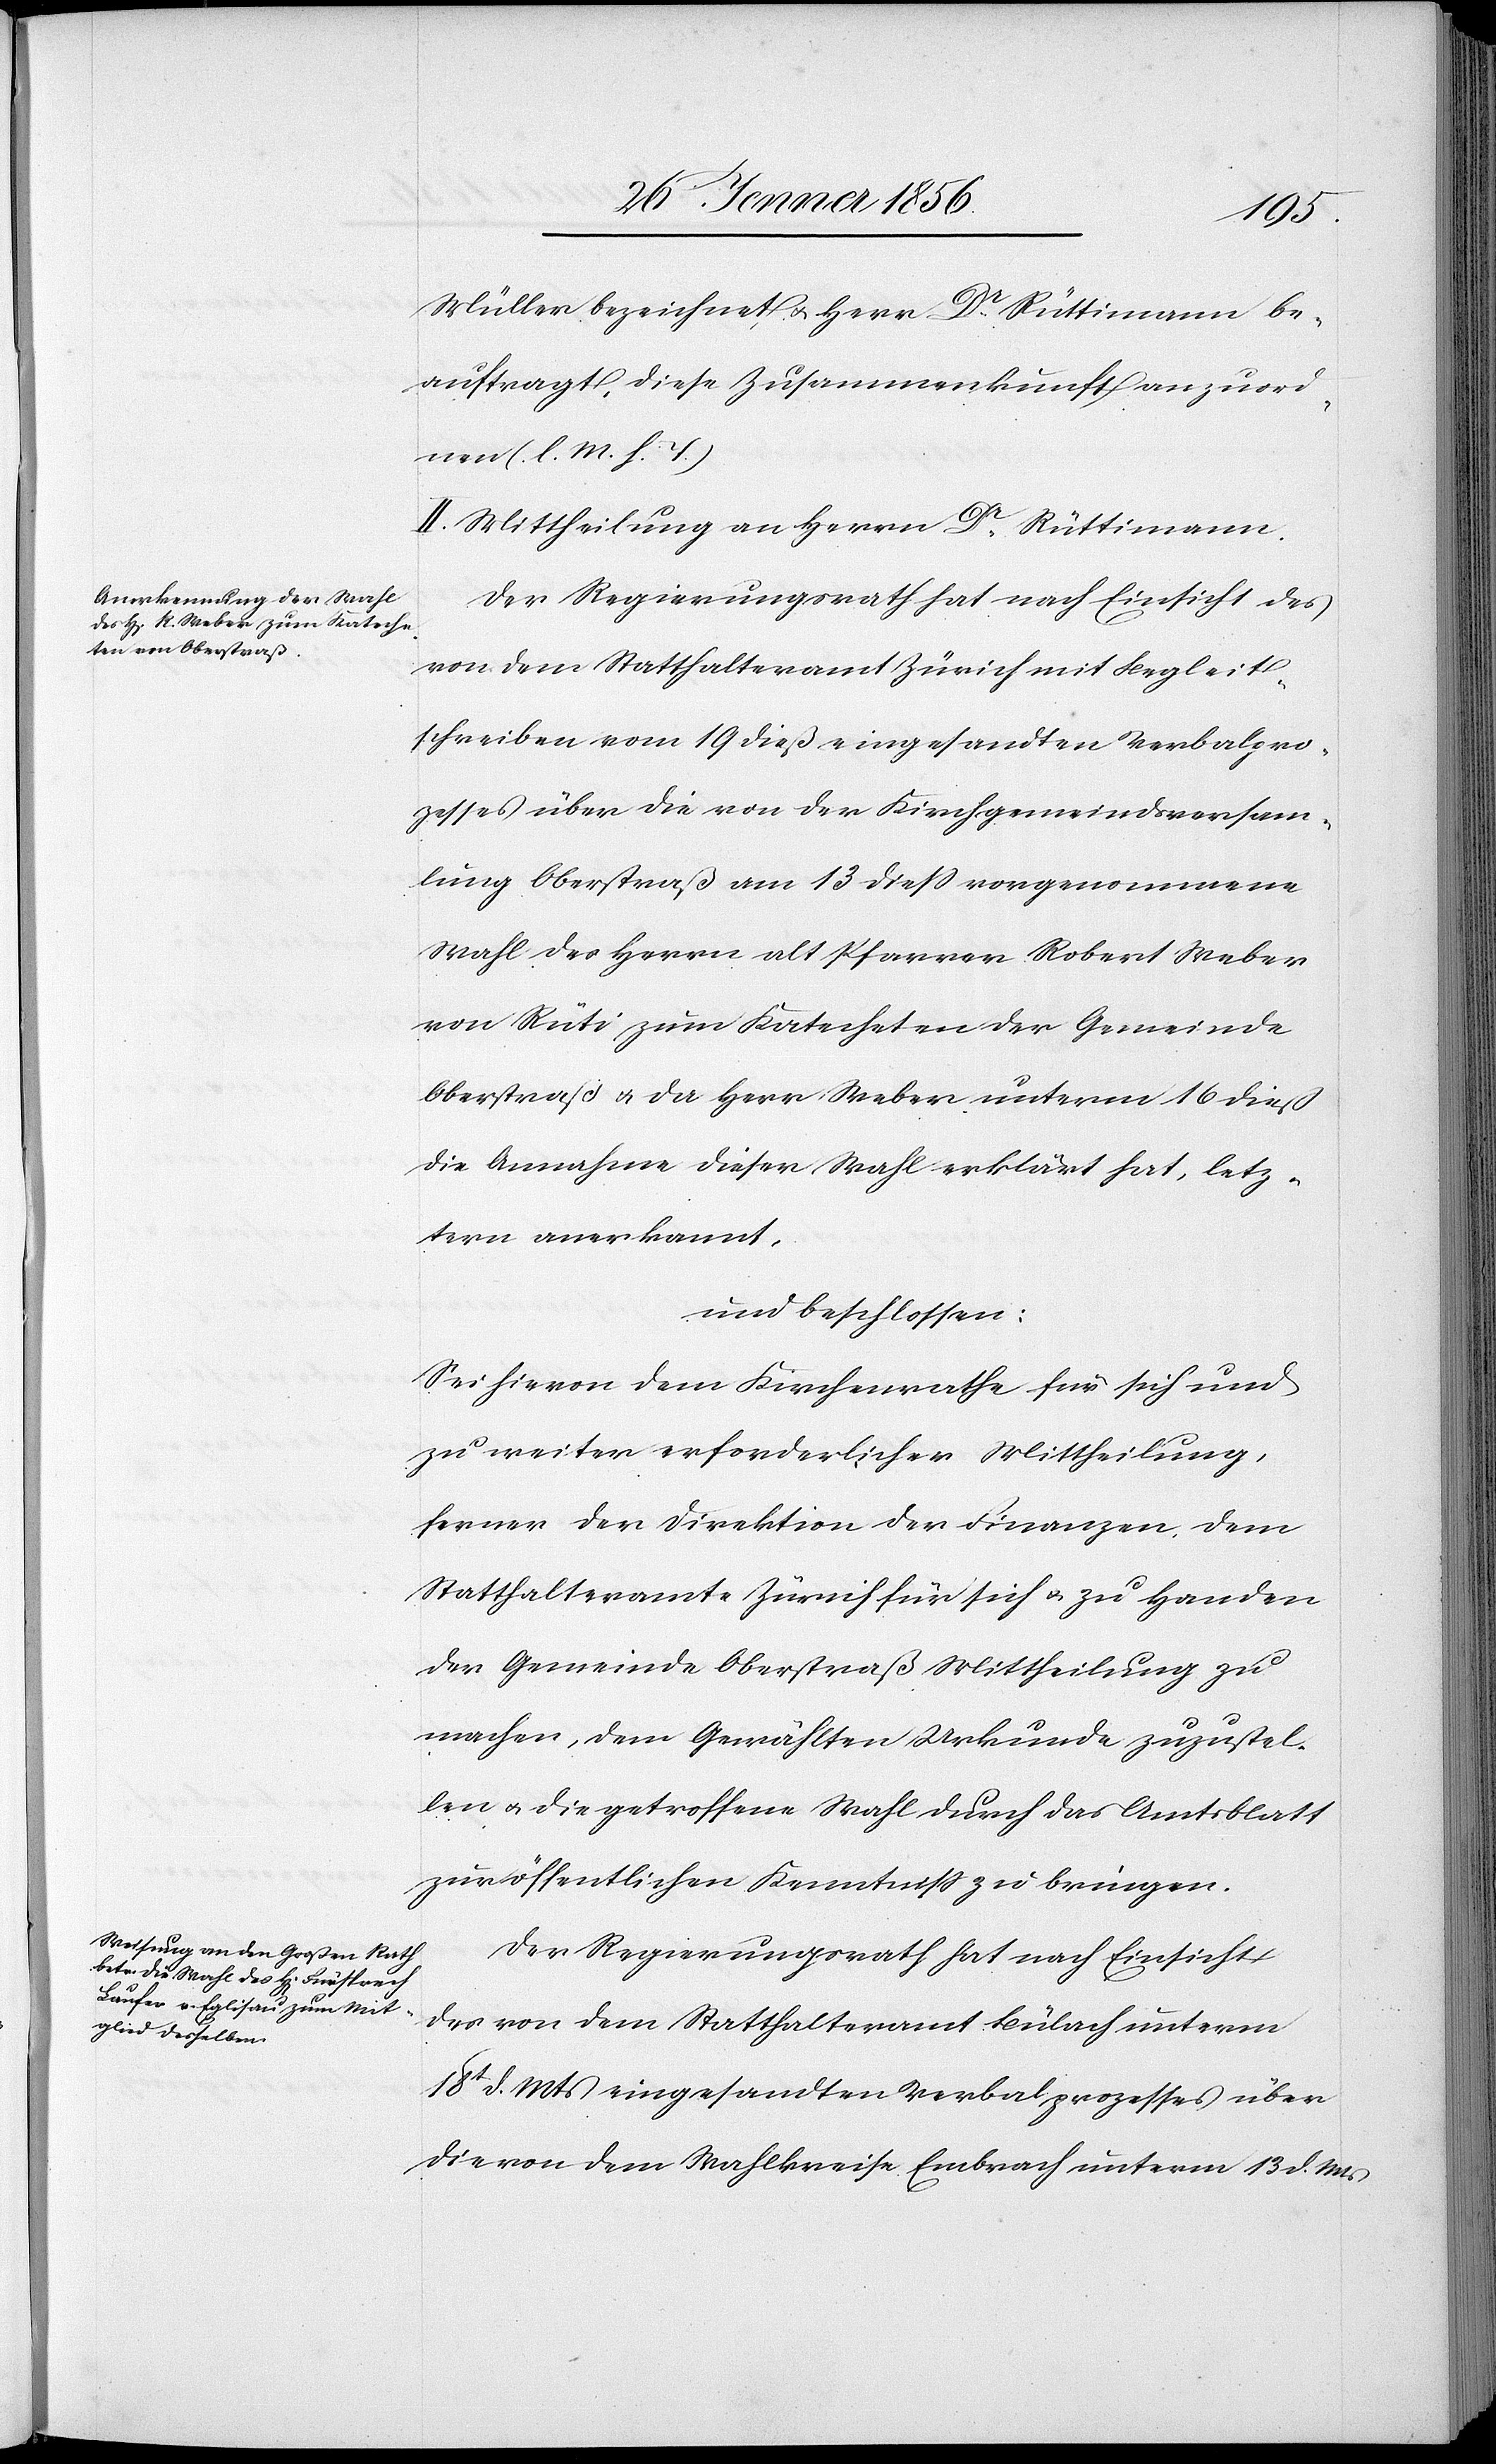
Müller bezeichnet u. Herr Dr Rüttimann be¬
auftragt, diese Zusammenkunft anzuord¬
nen (l. M. h. J.)
II. Mittheilung an Herrn Dr Rüttimann.
Der Regierungsrath hat nach Einsicht des
von dem Statthalteramt Zürich mit Begleit¬
schreiben vom 19 dieß eingesandten Verbalpro¬
zesses über die von der Kirchgemeindsversamm¬
lung Oberstraß am 13 dieß vorgenommene
Wahl des Herrn alt Pfarrer Robert Weber
von Rüti zum Katecheten der Gemeinde
Oberstraß u. da Herr Weber unterm 16 dieß
die Annahme dieser Wahl erklärt hat, letz¬
tern anerkannt,
und beschlossen:
Sei hievon dem Kirchenrathe für sich und
zu weiter erforderlicher Mittheilung,
ferner der Direktion der Finanzen, dem
Statthalteramte Zürich für sich u. zu Handen
der Gemeinde Oberstraß Mittheilung zu
machen, dem Gewählten Urkunde zuzustel¬
len u. die getroffene Wahl durch das Amtsblatt
zur öffentlichen Kenntniß zu bringen.
Der Regierungsrath hat nach Einsicht
der von dem Statthalteramt Bülach unterm
18t d. Mts eingesandten Verbalprozesses über
die von dem Wahlkreise Embrach unterm 13 d. Mts